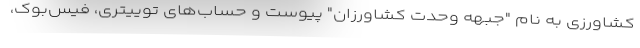
کشاورزی به نام "جبهه وحدت کشاورزان" پیوست و حساب‌های توییتری، فیس‌بوک،